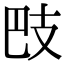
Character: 𢻷